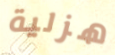
هزلية